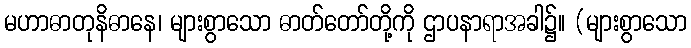
မဟာဓာတုနိဓာနေ၊ များစွာသော ဓာတ်တော်တို့ကို ဌာပနာရာအခါ၌။ (များစွာသော